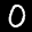
Label: 0